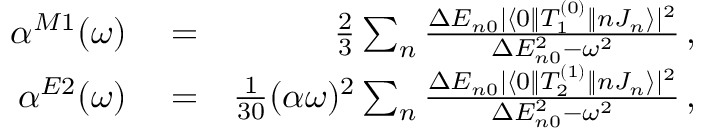
\begin{array} { r l r } { \alpha ^ { M 1 } ( \omega ) } & { { } = } & { \frac { 2 } { 3 } \sum _ { n } \frac { \Delta E _ { n 0 } | \langle 0 \| T _ { 1 } ^ { ( 0 ) } \| n J _ { n } \rangle | ^ { 2 } } { \Delta E _ { n 0 } ^ { 2 } - \omega ^ { 2 } } \, , } \\ { \alpha ^ { E 2 } ( \omega ) } & { { } = } & { \frac { 1 } { 3 0 } ( \alpha \omega ) ^ { 2 } \sum _ { n } \frac { \Delta E _ { n 0 } | \langle 0 \| T _ { 2 } ^ { ( 1 ) } \| n J _ { n } \rangle | ^ { 2 } } { \Delta E _ { n 0 } ^ { 2 } - \omega ^ { 2 } } \, , } \end{array}